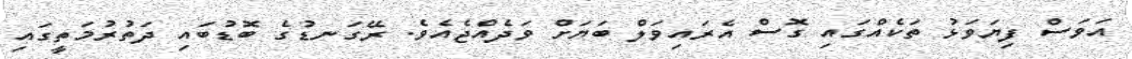
އަވަސް ފިޔަވަޅު ތަކެއްގައި ގޮސް އެރައިވަލް ބަޔަށް ވަދެއްޖެއެވެ. ރޭގަނޑުގެ ބޮޑުބައި ދަތުރުމަތީގައި